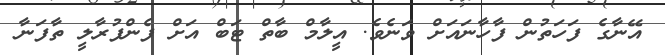
އޭނާގެ ފަހަތުން ފާހާނައަށް ވަނެވެ. އީލާމް ބާތް ޓަބް އަށް ފެންފުރާލީ ތާފަނާ